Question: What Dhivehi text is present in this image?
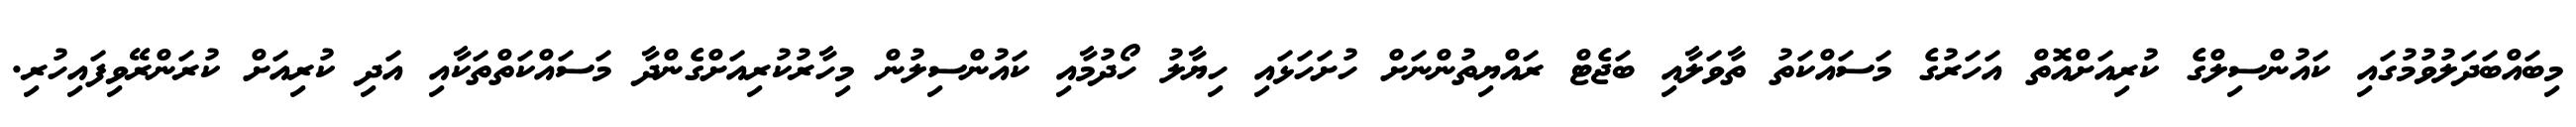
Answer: މިބައްބަދަލުވުމުގައި ކައުންސިލްގެ ކުރިއަށްއޮތް އަހަރުގެ މަސައްކަތު ތާވަލާއި ބަޖެޓް ރައްޔިތުންނަށް ހުށަހަޅައި ހިޔާލު ހޯދުމާއި ކައުންސިލުން މިހާރުކުރިއަށްގެންދާ މަސައްކަތްތަކާއި އަދި ކުރިއަށް ކުރަންރޭވިފައިހުރި.